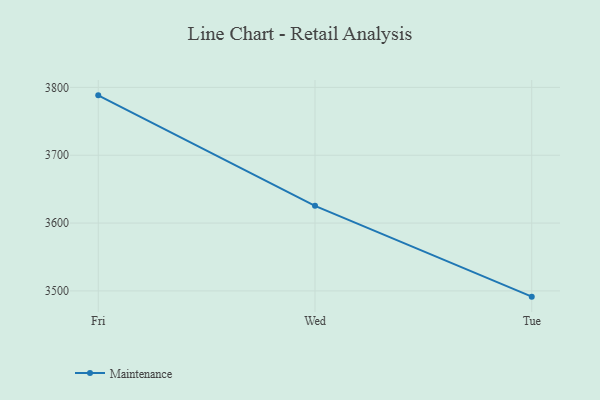
{"axis": {"x": "Day", "y": "Revenue (USD Million)"}, "legend": ["Maintenance"], "data": [{"x": "Fri", "y": 3788.3, "type": "Maintenance"}, {"x": "Wed", "y": 3625.4, "type": "Maintenance"}, {"x": "Tue", "y": 3491.5, "type": "Maintenance"}]}